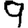
Digit: 9